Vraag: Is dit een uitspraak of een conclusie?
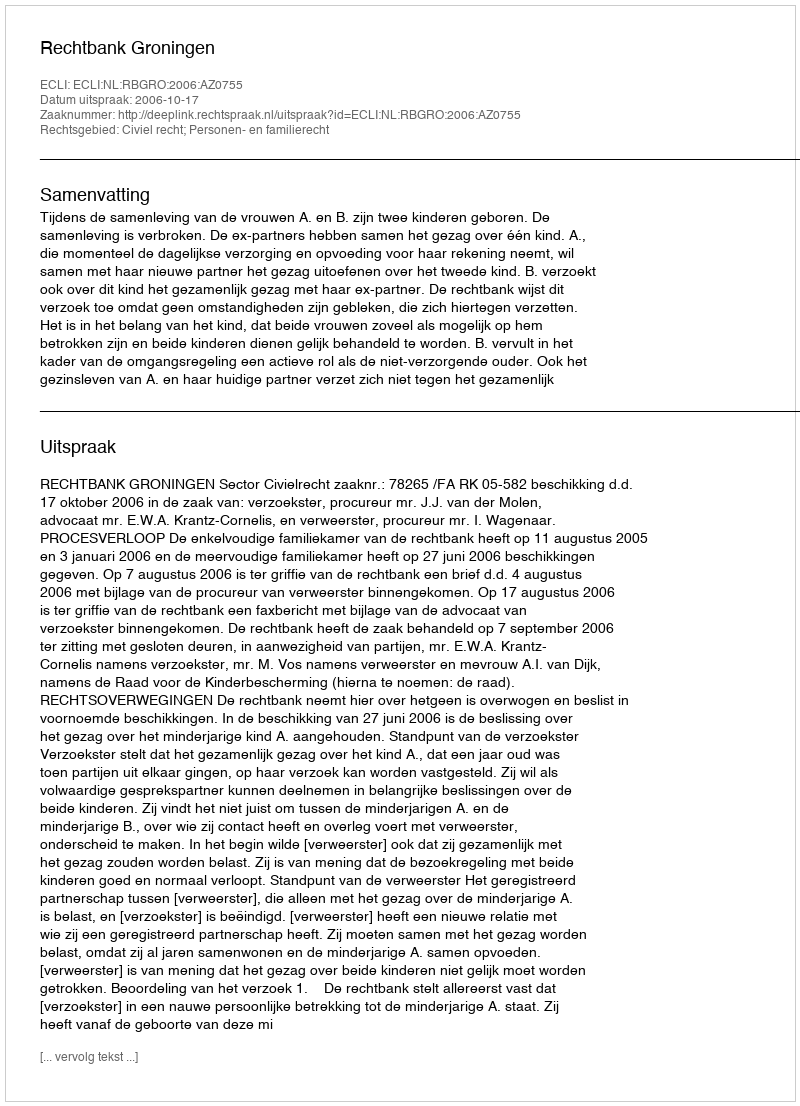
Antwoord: Uitspraak